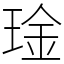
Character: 琻